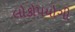
લોકો૫યોગી